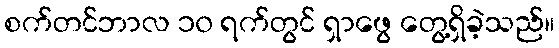
စက်တင်ဘာလ ၁၀ ရက်တွင် ရှာဖွေ တွေ့ရှိခဲ့သည်။